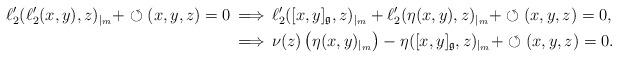
LaTeX: \begin{align*} \ell'_2(\ell_2'(x,y),z)_{|_m} +\circlearrowleft(x,y,z)=0\,&\Longrightarrow\,\ell'_2([x,y]_\mathfrak{g},z)_{|_m}+\ell'_2(\eta(x,y),z)_{|_m} +\circlearrowleft(x,y,z)=0,\\&\Longrightarrow \,\nu(z)\left(\eta(x,y)_{|_m}\right)-\eta([x,y]_\mathfrak{g},z)_{|_m}+\circlearrowleft(x,y,z)=0.\end{align*}